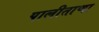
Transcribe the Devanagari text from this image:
पालीताणा